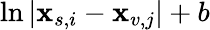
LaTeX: \ln|\mathbf{x}_{s,i}-\mathbf{x}_{v,j}|+b